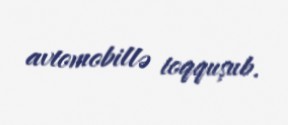
avtomobillə toqquşub.